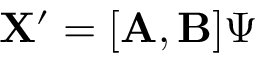
\mathbf { X } ^ { \prime } = [ \mathbf { A } , \mathbf { B } ] \boldsymbol { \Psi }